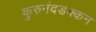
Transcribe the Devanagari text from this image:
कुरुनंदडक्कन